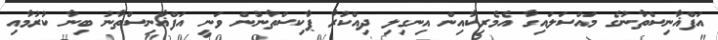
އަފްޣާނިސްތާނުގެ މައްސަލައިގާ އެމެރިކާއިން އިނގިލި ދިއްކުރާ ޕާކިސްތާނުން ވަނީ އަފްޣާނިސްތާނު ބިނާ ކުރުމާއި